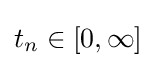
t_{n}\in [0,\infty ]